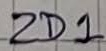
Text: ZD1